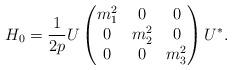
LaTeX: \begin{align*}H_0=\frac1{2p}U\begin{pmatrix}m_1^2&0&0\\0&m_2^2&0\\0&0&m_3^2\end{pmatrix}U^*.\end{align*}